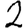
Digit: 2